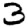
Digit: 3